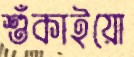
শুঁকাইয়ো